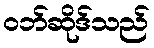
ဝဘ်ဆိုဒ်သည်